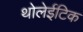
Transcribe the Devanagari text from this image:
थोलेईटिक